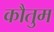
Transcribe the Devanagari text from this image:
कौतुम